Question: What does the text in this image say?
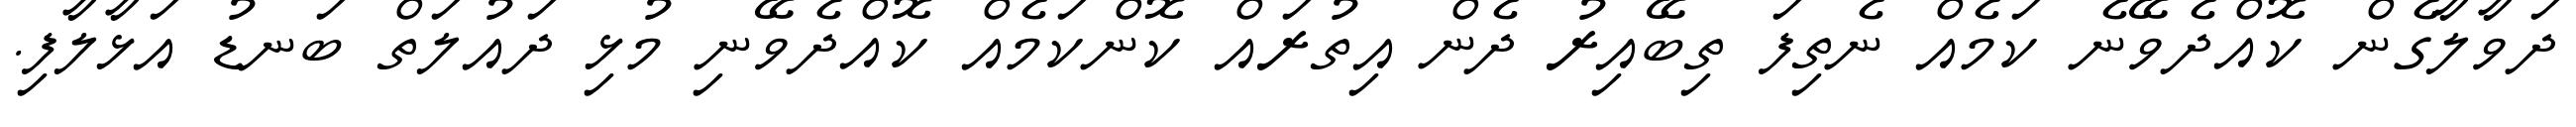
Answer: ދަވާލާގެން ކޮއްދެވޭނެ ކަމެއް ނެތިފަ ތިބޭއިރު ދެން އިތުރައް ކޮންކަމެއް ކޮއްދެވޭނި މުޅި ދައުލަތް ބަނޑު އަޅާލާފި.